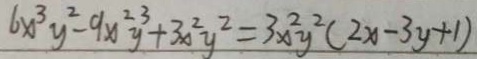
6 x ^ { 3 } y ^ { 2 } - 9 x ^ { 2 } y ^ { 3 } + 3 x ^ { 2 } y ^ { 2 } = 3 x ^ { 2 } y ^ { 2 } ( 2 x - 3 y + 1 )